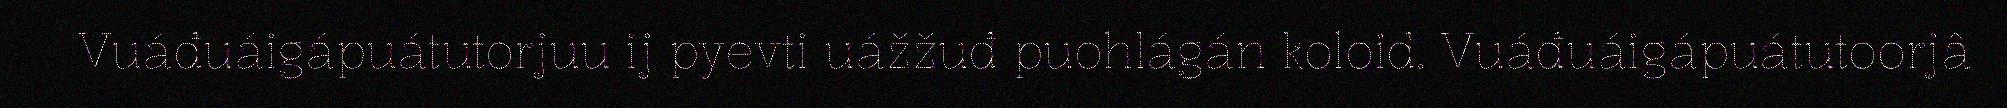
Vuáđuáigápuátutorjuu ij pyevti uážžuđ puohlágán koloid. Vuáđuáigápuátutoorjâ